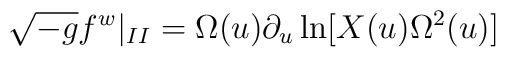
\sqrt {-g}f^{w}|_{II}=\Omega (u)\partial _{u}\ln[X(u)\Omega ^{2}(u)]